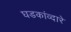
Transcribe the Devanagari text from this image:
घडकांव्दारे